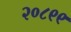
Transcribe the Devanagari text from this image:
२०८९९